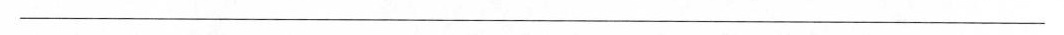
___